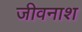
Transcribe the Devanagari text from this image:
जीवनाश